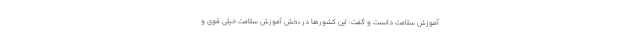
آموزش سلامت دانست و گفت: این کشورها در بخش آموزش سلامت خیلی قوی و